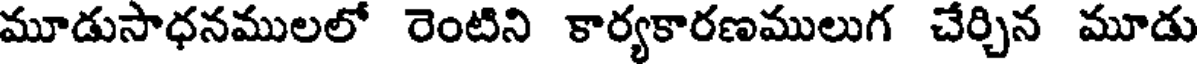
మూడుసాధనములలో రెంటిని కార్యకారణములుగ చేర్చిన మూడు